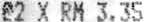
@2 X RM 3.35